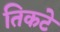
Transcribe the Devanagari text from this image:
तिकटे